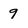
Character: 9